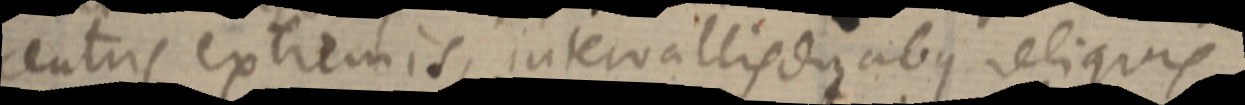
centris extremis, intervallis duabus reliquis